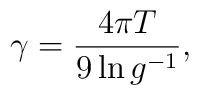
\gamma=\frac{4\pi T}{9\ln g^{-1}},